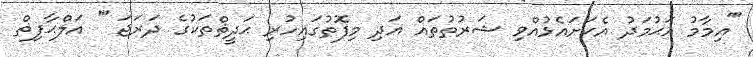
'''އިމާމު އަޙުމަދު އެކަށައެޅުއްވި ޝަރުތުތައް އަދި މިފޮތުގައިހުރި ޙަދީޘްތަކުގެ ދަރަޖަ ''' އަލްޙާފިޡް